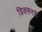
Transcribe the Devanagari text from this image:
डिक्सनरी